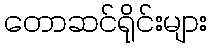
တောဆင်ရိုင်းများ